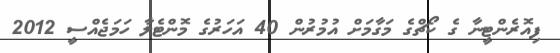
ފިއޮރެންޓީނާ ގެ ކޯޗްގެ މަގާމަށް އުމުރުން 40 އަހަރުގެ މޮންޓެލާ ހަމަޖެއްސީ 2012